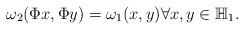
LaTeX: \begin{align*}\omega_2(\Phi x,\Phi y) = \omega_1(x,y) \forall x,y\in \mathbb{H}_1.\end{align*}